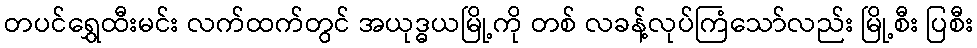
တပင်ရွှေထီးမင်း လက်ထက်တွင် အယုဒ္ဓယမြို့ကို တစ် လခန့်လုပ်ကြံသော်လည်း မြို့စီး ပြစီး